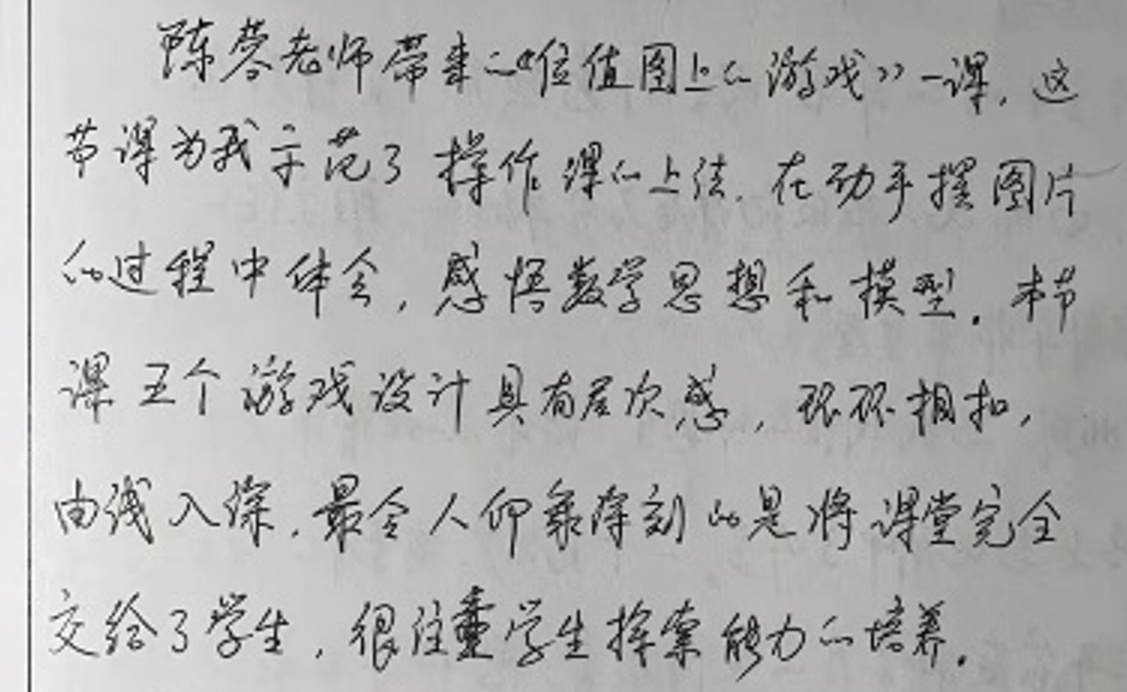
陈琴老师带来二（5）班上《游戏》一课，这节课为我示范了操作课上法，在动手摆图片的过程中体会，感悟数学思想和模型。本节课五个游戏设计独具匠心，环环相扣，由浅入深，最令人印象深刻的是将课堂完全交给了学生，注重学生选择能力的培养。